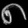
Digit: ၈